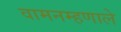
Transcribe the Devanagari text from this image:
वामनम्हणाले